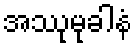
အဿုမုခါနံ